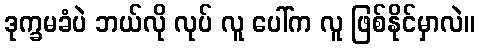
ဒုက္ခမခံပဲ ဘယ်လို လုပ် လူ ပေါ်က လူ ဖြစ်နိုင်မှာလဲ။